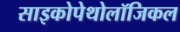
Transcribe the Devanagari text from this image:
साइकोपेथोलॉजिकल